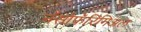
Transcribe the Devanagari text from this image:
नॅसोफॅरिंगिअल